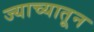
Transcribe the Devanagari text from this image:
ज्याच्यातून